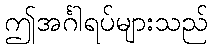
ဤအင်္ဂါရပ်များသည်